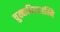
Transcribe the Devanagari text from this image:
चुक्कविणअम्मि